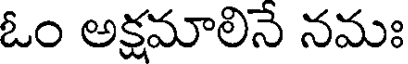
ఓం అక్షమాలినే నమః